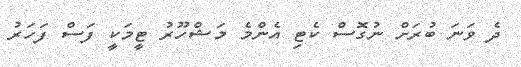
ދެ ވަނަ ބުރަށް ނުގޮސް ކެޓި އެންމެ މަޝްހޫރު ޓީމަކީ ފަސް ފަހަރު